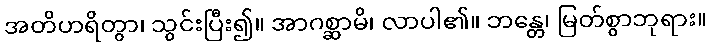
အတိဟရိတွာ၊ သွင်းပြီး၍။ အာဂစ္ဆာမိ၊ လာပါ၏။ ဘန္တေ၊ မြတ်စွာဘုရား။